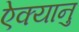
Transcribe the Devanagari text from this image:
ऐक्यानु